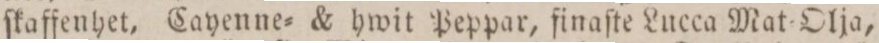
ſkaffenhet, Cayenne= & hwit Peppar, finaſte Lucca Mat=Olja,